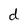
Character: d